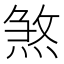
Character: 煞